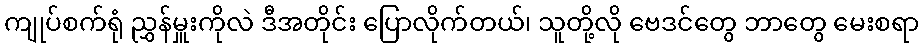
ကျုပ်စက်ရုံ ညွှန်မှူးကိုလဲ ဒီအတိုင်း ပြောလိုက်တယ်၊ သူတို့လို ဗေဒင်တွေ ဘာတွေ မေးစရာ